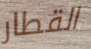
القطار